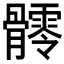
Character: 𩪥